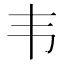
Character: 韦